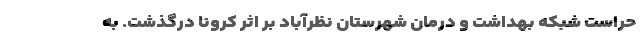
حراست شبکه بهداشت و درمان شهرستان نظرآباد بر اثر کرونا درگذشت. به